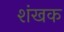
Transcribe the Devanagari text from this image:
शंखक